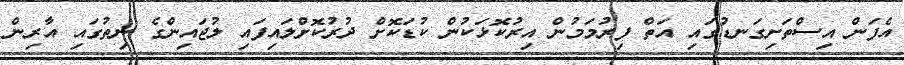
އެފަން އިސްތަށިގަނޑުގައި އަތް ފިރުމަމުން އިރުކޮޅަކުން ކުޑަކޮށް ދުރުކޮށްލައިފައި ލުޖައިންގެ ނިތުގައި އާރިން